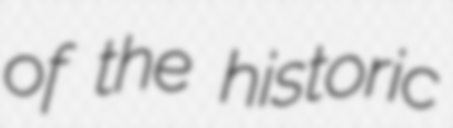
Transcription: of the historic